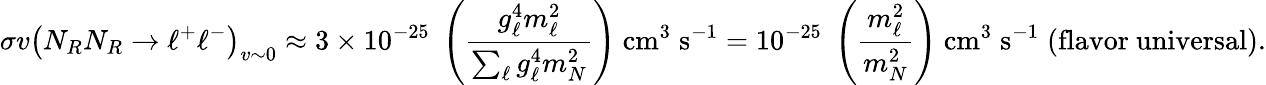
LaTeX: \sigma v\left(N_{R}N_{R}\to\ell^{+}\ell^{-}\right)_{v\sim 0}\approx 3\times 10^{-25}\; \left(\frac{g_{\ell}^{4}m_{\ell}^{2}}{\sum_{\ell}g_{\ell}^{4}m_{N}^{2}}\right)\ \mathrm{cm}^{3}\; \mathrm{s}^{-1}=10^{-25}\; \left(\frac{m_{\ell}^{2}}{m_{N}^{2}}\right)\ \mathrm{cm}^{3}\; \mathrm{s}^{-1}\; (\mathrm{flavor\ universal}).